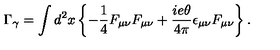
\Gamma _ { \gamma } = \int d ^ { 2 } x \left\{ - \frac { 1 } { 4 } F _ { \mu \nu } F _ { \mu \nu } + \frac { i e \theta } { 4 \pi } \epsilon _ { \mu \nu } F _ { \mu \nu } \right\} .